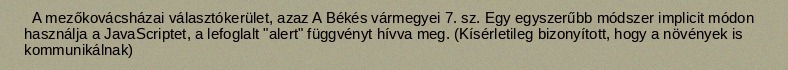
A mezőkovácsházai választókerület, azaz A Békés vármegyei 7. sz. Egy egyszerűbb módszer implicit módon használja a JavaScriptet, a lefoglalt "alert" függvényt hívva meg. (Kísérletileg bizonyított, hogy a növények is kommunikálnak)